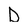
Character: D